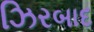
ઝિરબાદ